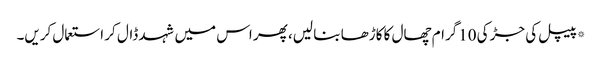
*پیپل کی جڑ کی 10گرام چھال کا کاڑھا بنا لیں، پھر اس میں شہد ڈال کر استعمال کریں۔